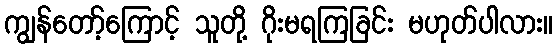
ကျွန်တော့်ကြောင့် သူတို့ ဂိုးမရကြခြင်း မဟုတ်ပါလား။